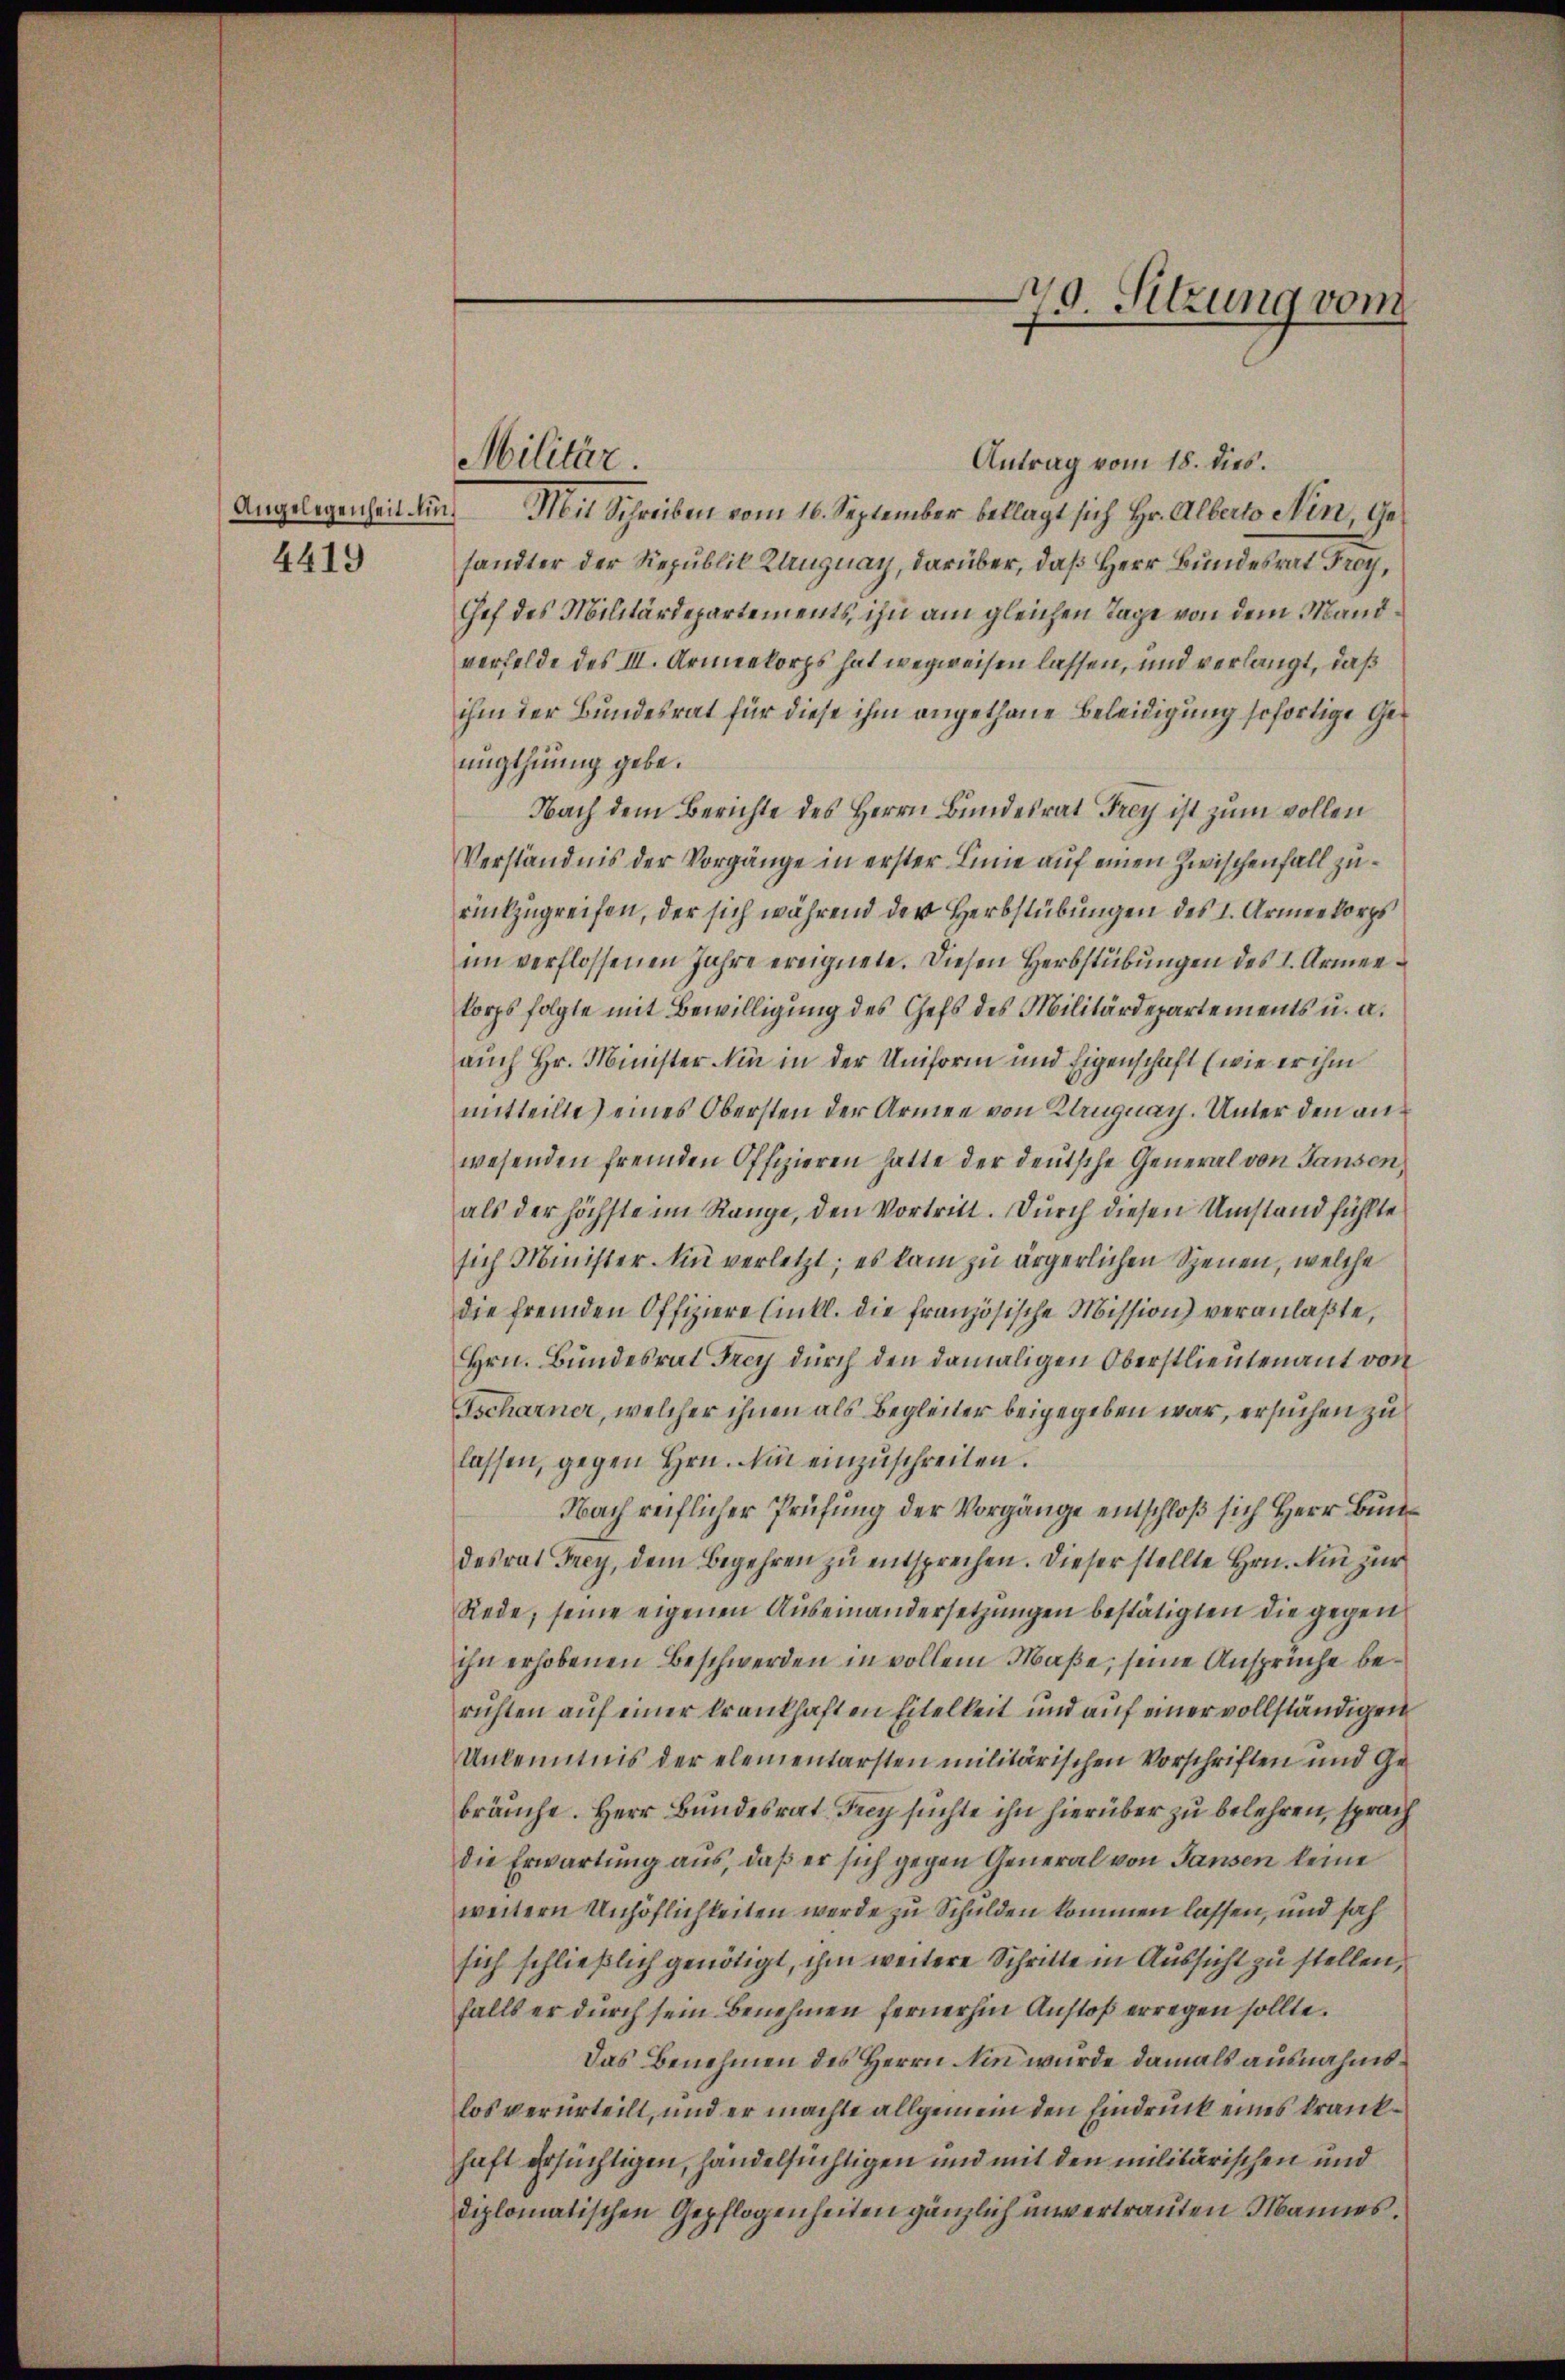
Angelegenheit lin
4419

Militär.

79. Sitzung vom

Antrag vom 18. dies.
Mit Schreiben vom 16. September beklagt sich Hr. Alberto Nin, Gehandter der Republik Langnay, darüber, daß Herr Bundesrat Froy,
Chef des Militärdepartements, ihn am gleichen Tage von dem Mandverfelde des III. Armeekorps hat wegweisen lassen, und verlangt, daß
ihm der Bundesrat für diese ihm angethane Beleidigung sofortige Genugthuung gebe.
Nach dem Berichte des Herrn Bundesrat Frey ist zum vollen
Verständnis der Vorgänge in erster Linie auf einen Zwischenfall zurückzugreifen, der sich während der Herbstübungen des I. Armeekorps
im verflossenen Jahre ereignete. Diesen Herbstübungen des I. Armenkorps folgte mit Bewilligung des Chefs des Militärdepartements u. a.
auch Hr. Minister in in der Uniform und Eigenschaft (wie er ihm
mitteilte) eines Obersten der Armee von Klingnach. Unter den anwesenden fremden Offizieren hatte der deutsche General von Tausen,
als der höchste im Range, den Vortritt. Durch diesen Umstand fühlte
sich Minister in verletzt; es kam zu ärgerlichen Szenen, welche
die fremden Offiziere Einkl. die französische Mission) veranlaßte,
Hrn. Bundesrat Frey durch den damaligen Oberstlieutenant von
Gscharner, welcher ihnen als Begleiter beigegeben war, ersuchen zu
lassen, gegen Hrn. Nun einzuschreiten.
Nach reiflicher Prüfung der Vorgänge einschloß sich Herr Bund
desrat Frey, dem begehren zu entsprechen. Dieser stellte Hrn. Ain zur
Rede, seine eigenen Auseinandersetzungen bestätigten die gegen
ihn erhobenen Beschwerden in vollem Maße, seine Ansprüche berichten auf einer krankhaften Eitelkeit und auf einer vollständigen
Unkenntnis der elementarsten militärischen Vorschriften und Gebräuche. Herr Bundesrat Frey suchte ihn hierüber zu belehren, sprach
die Erwartung aus, daß er sich gegen General von Gansen keine
weitern Unhöflichkeiten werde zu Schulden kommen lassen, und sah
sich schließlich genötigt, ihm weitere Schritte in Aussicht zu stellen,
falls er durch sein Benehmen fernerhin Anstoß erregen sollte.
Das Benehmen des Herrn Ain wurde damals ausnahmslos verurteilt, und er machte allgemein den Eindruck eines krankhaft ersüchtigen, handelsüchtigen und mit den militärischen und
diplomatischen Gepflogenheiten gänzlich unvertrauten Mannes.